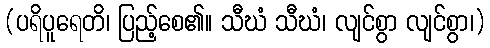
(ပရိပူရေတိ၊ ပြည့်စေ၏။ သီဃံ သီဃံ၊ လျင်စွာ လျင်စွာ၊)